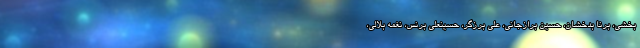
بخشی، برنا بدخشان، حسین برازجانی، علی برزگر، حسینعلی برنس، نغمه بلالی،